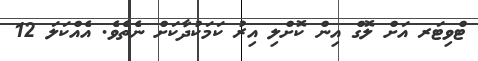
ޓްވިޓަރ އަށް ލޮގް އިން ކޮށްލި އިރު ކަމަކުދާކަށް ނެތެވެ. އެއްކަލަ 12